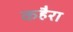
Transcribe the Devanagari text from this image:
कहैरा